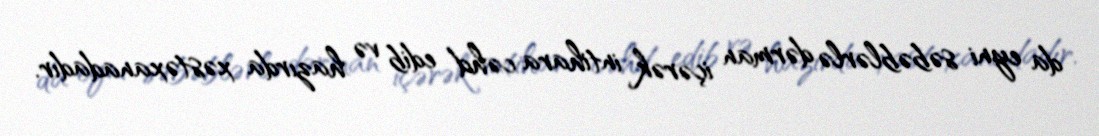
da eyni səbəblərlə dərman içərək intihara cəhd edib və hazırda xəstəxanadadır.